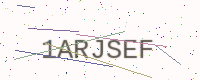
Text: 1ARJSEF